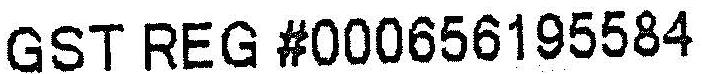
GST REG #000656195584